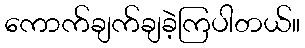
ကောက်ချက်ချခဲ့ကြပါတယ်။